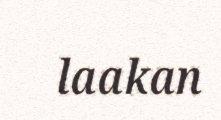
laakan